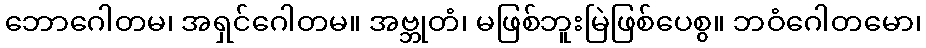
ဘောဂေါတမ၊ အရှင်ဂေါတမ။ အဗ္ဘုတံ၊ မဖြစ်ဘူးမြဲဖြစ်ပေစွ။ ဘဝံဂေါတမော၊